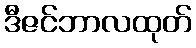
ဒီဇင်ဘာလထုတ်